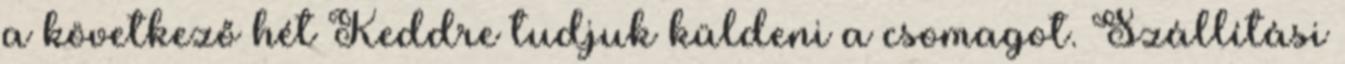
a következő hét Keddre tudjuk küldeni a csomagot. Szállítási